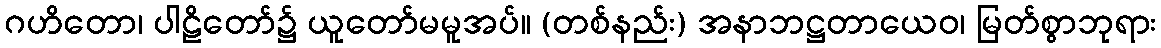
ဂဟိတော၊ ပါဠိတော်၌ ယူတော်မမူအပ်။ (တစ်နည်း) အနာဘဋ္ဌတာယေဝ၊ မြတ်စွာဘုရား